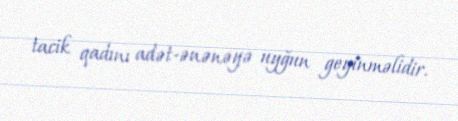
tacik qadını adət-ənənəyə uyğun geyinməlidir.